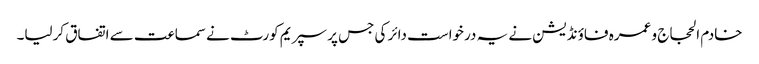
خادم الحجاج و عمرہ فاؤنڈیشن نے یہ درخواست دائر کی جس پر سپریم کورٹ نے سماعت سے اتفاق کرلیا۔